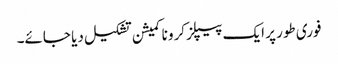
فوری طور پر ایک پیپلز کرونا کمیشن تشکیل دیا جائے۔